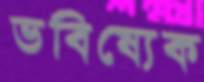
ভবিষ্যেক